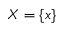
X = \{ x \}